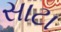
સાટા